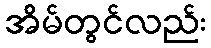
အိမ်တွင်လည်း